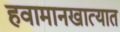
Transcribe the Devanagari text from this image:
हवामानखात्यात